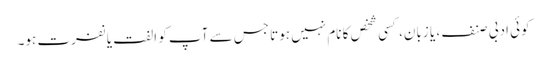
کوئی ادبی صنف، یا زبان، کسی شخص کا نام نہیں ہوتا جس سے آپ کو الفت یا نفرت ہو۔